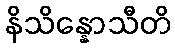
နိသိန္နောသီတိ